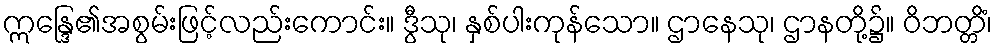
ဣန္ဒြေ၏အစွမ်းဖြင့်လည်းကောင်း။ ဒွီသု၊ နှစ်ပါးကုန်သော။ ဌာနေသု၊ ဌာနတို့၌။ ဝိဘတ္တိံ၊